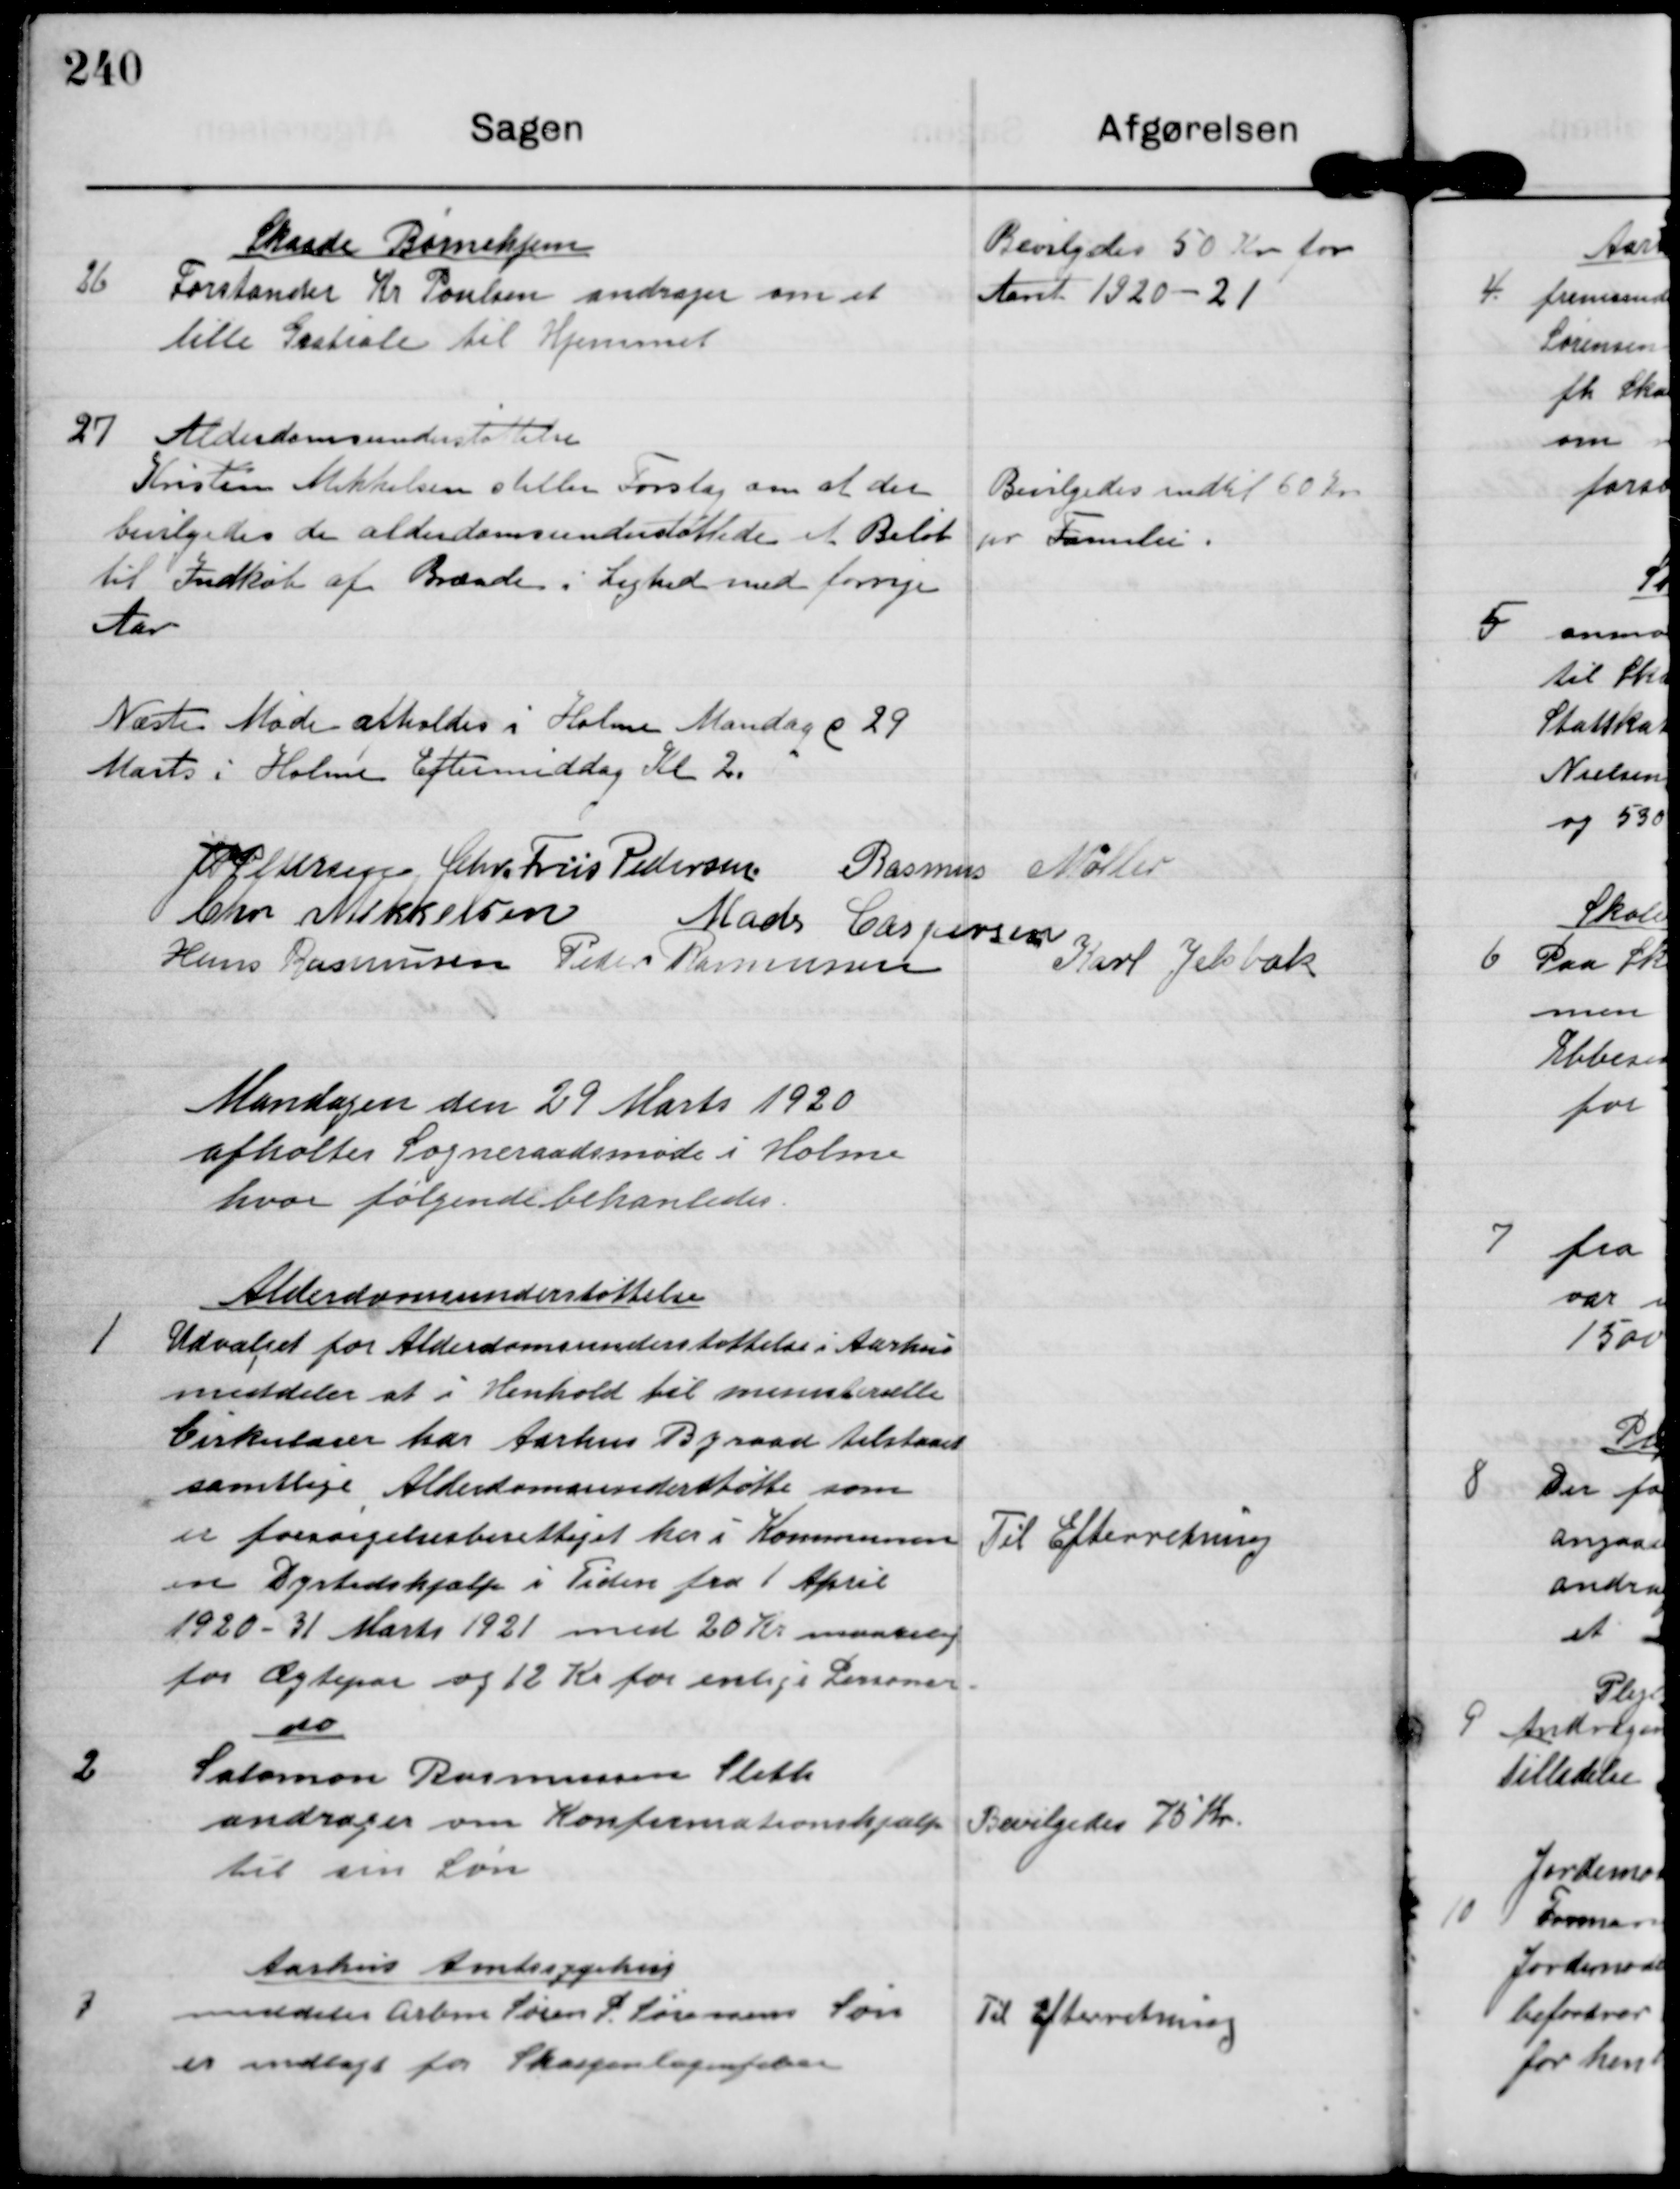
Transskription:
26

Skaade Børnehjem
Forstander Kr Poulsen andrager om et
lille Gratiale til Hjemmet

Bevilgedes 50 Kr for
Aaret 1920- 21

27

Alderdomsunderstøttelse
Kristean Mikkelsen stiller Forslag om at der
bevilgedes de alderdomsunderstøttede et Beløb
til Indkøb af Brænde i Lighed med forrige
Aar.

Bevilgedes indtil 60 Kr
pr Familie.

Næste Møde afholdes i Holme Mandag d 29
Marts i Holme Eftermiddag Kl 2.

J P Pedersen Chr. Friis Pedersen Rasmus Møller
Chr Mikkelsen
Mads Caspersen
Hans Rasmussen Peder Rasmussen
Karl Jelsbak

Mandagen den 29 Marts 1920
afholtes Sogneraadsmøde i Holme
hvor følgende behanledes.

1

Alderdomsunderstøttelse
Udvalget for Alderdomsunderstøttelse i Aarhus
meddeler at i Henhold til ministerielle
Cirkulærer har Aarhus Byraad tilstaaet
samtlige Alderdomsunderstøtte som
er forsørgelsesberettiget her i Kommunen
en Dyrtidshjælp i Tiden fra 1 April
1920 - 31 Marts 1921 med 20 Kr maanedlig
for Ægtepar og 12 Kr for enlige Personer

Til Efterretning

2

do
Salomon Rasmussen Sleth
andrager om Konfirmationshjælp
til sin Løn

Bevilgedes 75 Kr

3

Aarhus Amtssygehus
meddeler Arbm Søren P Sørenens Søn
er indlagt for Skarlagensfeber

Til Efterretning